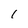
Character: 1